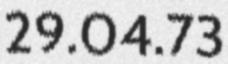
29.04.73